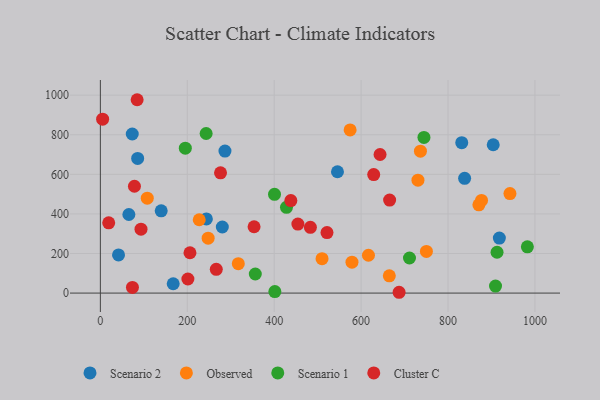
{"axis": {"x": "Speed", "y": "Rating"}, "legend": ["Cluster C", "Observed", "Scenario 1", "Scenario 2"], "data": [{"x": "838.2", "y": 580.1, "type": "Scenario 2"}, {"x": "243.9", "y": 374.9, "type": "Scenario 2"}, {"x": "140.0", "y": 415.7, "type": "Scenario 2"}, {"x": "65.6", "y": 397.2, "type": "Scenario 2"}, {"x": "831.6", "y": 759.8, "type": "Scenario 2"}, {"x": "918.1", "y": 278.0, "type": "Scenario 2"}, {"x": "280.6", "y": 333.9, "type": "Scenario 2"}, {"x": "85.8", "y": 680.4, "type": "Scenario 2"}, {"x": "41.8", "y": 192.6, "type": "Scenario 2"}, {"x": "167.6", "y": 47.1, "type": "Scenario 2"}, {"x": "286.7", "y": 717.7, "type": "Scenario 2"}, {"x": "73.4", "y": 803.8, "type": "Scenario 2"}, {"x": "545.6", "y": 613.1, "type": "Scenario 2"}, {"x": "904.0", "y": 749.6, "type": "Scenario 2"}, {"x": "227.5", "y": 370.5, "type": "Observed"}, {"x": "616.9", "y": 191.2, "type": "Observed"}, {"x": "730.8", "y": 570.7, "type": "Observed"}, {"x": "942.5", "y": 502.7, "type": "Observed"}, {"x": "871.0", "y": 445.9, "type": "Observed"}, {"x": "877.1", "y": 468.2, "type": "Observed"}, {"x": "107.9", "y": 479.5, "type": "Observed"}, {"x": "510.1", "y": 173.9, "type": "Observed"}, {"x": "750.3", "y": 210.7, "type": "Observed"}, {"x": "248.0", "y": 277.3, "type": "Observed"}, {"x": "664.9", "y": 87.1, "type": "Observed"}, {"x": "579.0", "y": 156.4, "type": "Observed"}, {"x": "317.4", "y": 148.4, "type": "Observed"}, {"x": "574.7", "y": 824.2, "type": "Observed"}, {"x": "736.5", "y": 717.2, "type": "Observed"}, {"x": "744.6", "y": 786.6, "type": "Scenario 1"}, {"x": "356.5", "y": 96.4, "type": "Scenario 1"}, {"x": "195.5", "y": 732.2, "type": "Scenario 1"}, {"x": "982.6", "y": 233.8, "type": "Scenario 1"}, {"x": "711.3", "y": 177.2, "type": "Scenario 1"}, {"x": "912.8", "y": 206.4, "type": "Scenario 1"}, {"x": "428.3", "y": 433.3, "type": "Scenario 1"}, {"x": "400.7", "y": 499.2, "type": "Scenario 1"}, {"x": "243.4", "y": 806.3, "type": "Scenario 1"}, {"x": "401.5", "y": 7.8, "type": "Scenario 1"}, {"x": "909.3", "y": 35.5, "type": "Scenario 1"}, {"x": "353.7", "y": 335.3, "type": "Cluster C"}, {"x": "266.7", "y": 120.0, "type": "Cluster C"}, {"x": "665.6", "y": 470.1, "type": "Cluster C"}, {"x": "84.6", "y": 977.0, "type": "Cluster C"}, {"x": "643.6", "y": 700.2, "type": "Cluster C"}, {"x": "5.2", "y": 878.8, "type": "Cluster C"}, {"x": "454.5", "y": 348.6, "type": "Cluster C"}, {"x": "687.4", "y": 4.1, "type": "Cluster C"}, {"x": "93.5", "y": 322.8, "type": "Cluster C"}, {"x": "19.2", "y": 355.1, "type": "Cluster C"}, {"x": "483.3", "y": 332.1, "type": "Cluster C"}, {"x": "201.4", "y": 71.1, "type": "Cluster C"}, {"x": "438.3", "y": 467.3, "type": "Cluster C"}, {"x": "73.8", "y": 28.7, "type": "Cluster C"}, {"x": "521.5", "y": 305.7, "type": "Cluster C"}, {"x": "629.0", "y": 598.7, "type": "Cluster C"}, {"x": "78.4", "y": 539.9, "type": "Cluster C"}, {"x": "206.2", "y": 203.9, "type": "Cluster C"}, {"x": "276.5", "y": 607.7, "type": "Cluster C"}]}